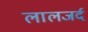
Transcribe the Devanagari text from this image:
लालजर्द